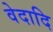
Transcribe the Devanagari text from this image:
वेदादि